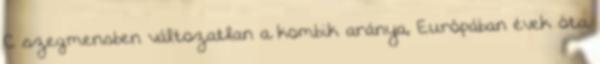
C szegmensben változatlan a kombik aránya, Európában évek óta